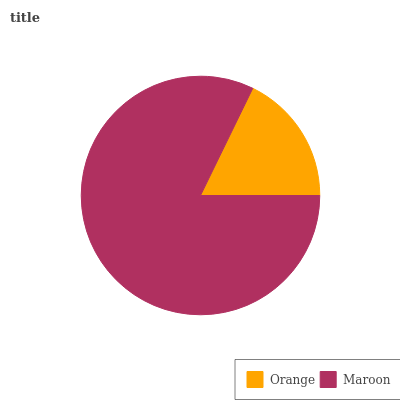
| Orange | Maroon |
 | --- | --- |
 | 17.8% | 82.2% |